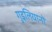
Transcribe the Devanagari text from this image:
गुइलियानो